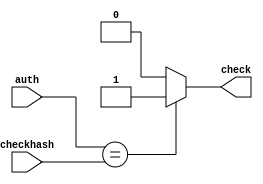
module authorization(auth,check,checkhash);
    input [7:0] auth;
    input [7:0] checkhash;
    output reg check;
    always @(*)
    begin
    // Simple logic of hash-match or not
    if(auth==checkhash) 
	    check=1;
    else
	    check=0;
    end 
endmodule

module test;
    wire check;
    reg [0:7]auth;
    reg [0:7]checkhash;
    authorization authen(auth,check,checkhash);
    initial
    begin
    $dumpfile("vcd/BiometricsImplement.vcd");
    $dumpvars(0,test);
    $display("Bytes \t Checker");
    $monitor("%b %b",auth,check);

    checkhash=8'b11101101;
    auth=8'b10010110;
    #10 auth=8'b10110010;
    #10 auth=8'b11101101;
    $finish;
    end
endmodule